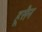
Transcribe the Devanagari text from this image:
हूसैन